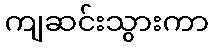
ကျဆင်းသွားကာ